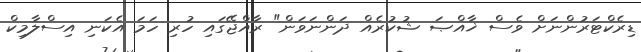
ޑިރެކްޓަރުންނަށް ވެސް ޚާއްޞަ ޝުކުރެއް ދަންނަވަން" ރާއްޖޭގައި ހުރި ހަމަ އެކަނި އިސްލާމިކް